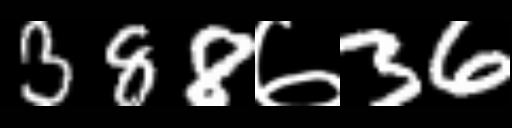
Text: 388७36